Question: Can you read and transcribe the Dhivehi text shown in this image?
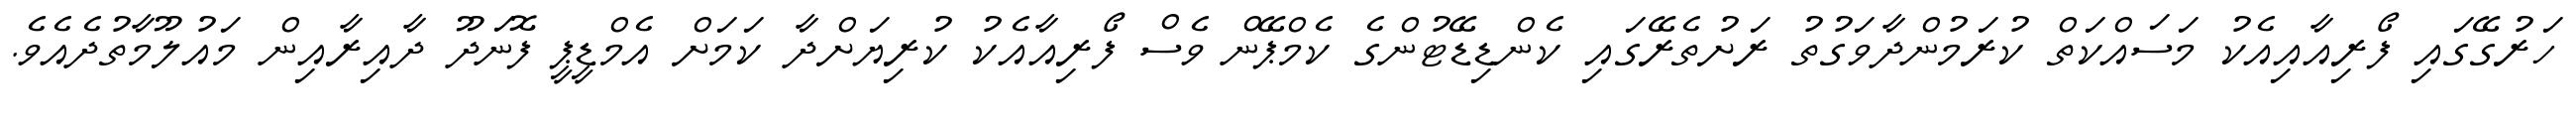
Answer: ހަރުގޭގައި ފޯރިއާއިއެކު މަސައްކަތް ކުރަމުންދާވަގުތު ރަށުތެރޭގައި ކެންޑިޑޭޓުންގެ ކެމްޕޭން ވެސް ފޯރިއާއެކު ކުރިޔަށްދާ ކަމަށް އެމްޑީޕީ ފޮނަދޫ ދާއިރާއިން މައުލޫމާތުދެއެވެ.